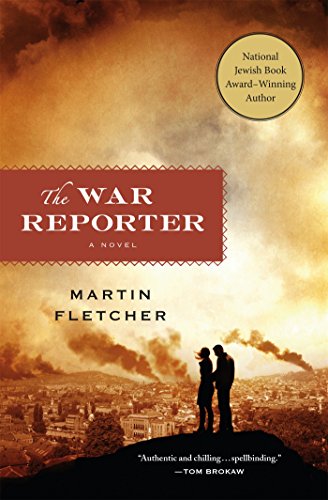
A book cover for The War Reporter: A Novel; Martin Fletcher; Mystery, Thriller & Suspense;